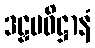
ဒဠှမဓိဋ္ဌာနံ